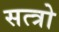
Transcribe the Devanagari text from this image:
सत्त्रो